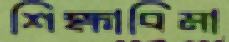
শিক্ষাবিমা